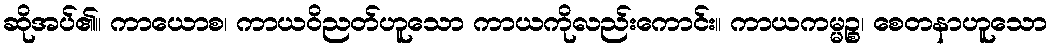
ဆိုအပ်၏။ ကာယောစ၊ ကာယဝိညတ်ဟူသော ကာယကိုလည်းကောင်း။ ကာယကမ္မဉ္စ၊ စေတနာဟူသော